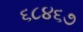
૬૮૪૬૭